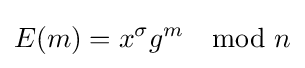
E(m)=x^{\sigma }g^{m}\mod n